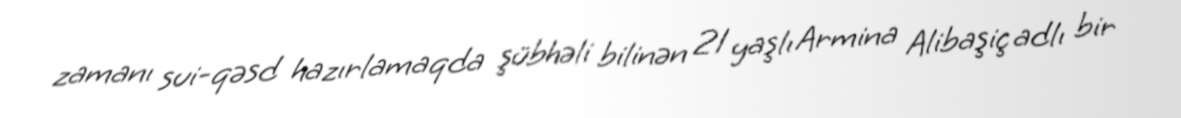
zamanı sui-qəsd hazırlamaqda şübhəli bilinən 21 yaşlı Armina Alibaşiç adlı bir